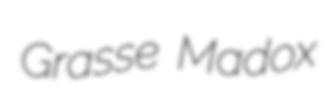
Grasse Madox